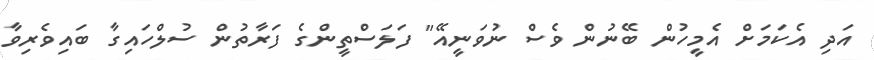
އަދި އެކަމަށް އެމީހުން ބޭނުން ވެސް ނުވަނީއޭ" ފަލަސްތީންގެ ފަރާތުން ސުލްހައިގާ ބައިވެރިވާ